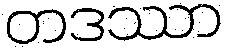
တဒဿာ